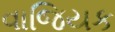
વાજિયક